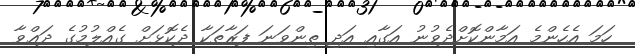
ހަމަ އެހެންމެ އަމާންކޮށްދެވުނު އަގާއި އަދި ތިންވަނަ ފަރާތަކާ ދެކޮޅަށް ގެއްލުމުގެ ދަޢްވާ